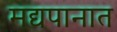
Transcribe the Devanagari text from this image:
मद्यपानात